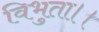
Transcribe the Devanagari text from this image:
विभुता।।